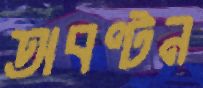
অবণ্টন